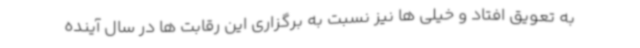
به تعویق افتاد و خیلی ها نیز نسبت به برگزاری این رقابت ها در سال آینده